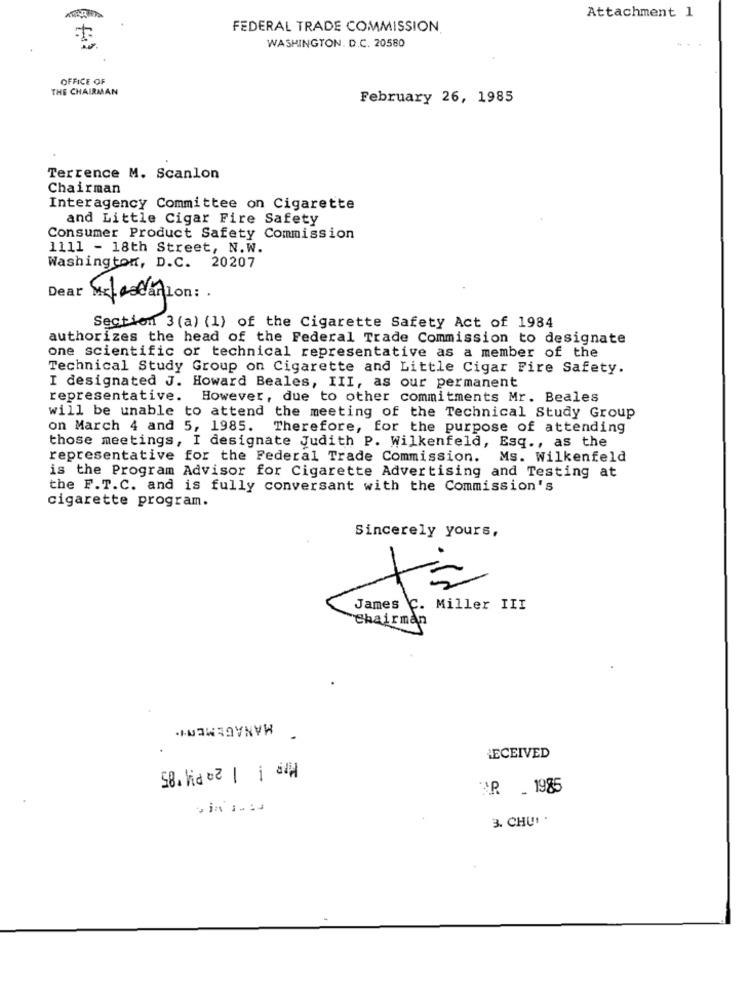
Attachment 1
FEDERAL TRADE COMMISSION.
WASHINGTON. D.C. 20580
OFFICE OF
THE CHAIRMAN
February 26, 1985
Terrence M. Scanlon
Chairman
Interagency Committee on Cigarette
and Little Cigar Fire Safety
Consumer Product Safety Commission
1111 - 18th Street, N.W.
Washington, D.C. 20207
Dear
wcloseif on:
Section 3(a) (1) of the Cigarette Safety Act of 1984
authorizes the head of the Federal Trade Commission to designate
one scientific or technical representative as a member of the
Technical Study Group on Cigarette and Little Cigar Fire Safety.
I designated J. Howard Beales, III, as our permanent
representative. However, due to other commitments Mr. Beales
will be unable to attend the meeting of the Technical Study Group
on March 4 and 5, 1985.
Therefore, for the purpose of attending
those meetings, I designate Judith P. Wilkenfeld, Esq ., as the
representative for the Federal Trade Commission. Ms. Wilkenfeld
is the Program Advisor for Cigarette Advertising and Testing at
the F.T.C. and is fully conversant with the Commission's
cigarette program.
Sincerely yours,
James C. Miller III
Chairman
MANAGEMENT.
RECEIVED
58.Kacz | | ]
BR _ 1985
3. CHUI .